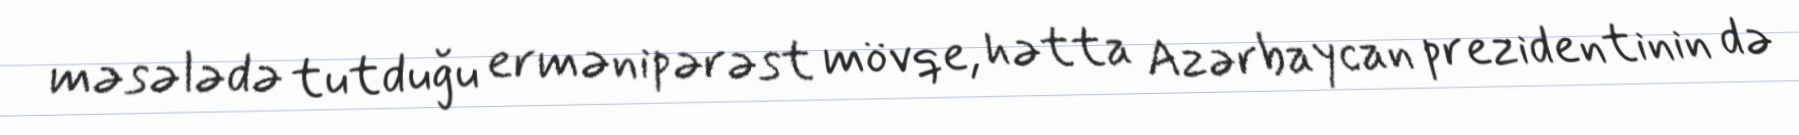
məsələdə tutduğu ermənipərəst mövqe, hətta Azərbaycan prezidentinin də